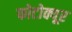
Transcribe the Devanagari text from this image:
फोटोक्यूर